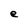
Character: e